Lunatic asylums Punjab 1895-1910 - 1895-1910
Year: 1895
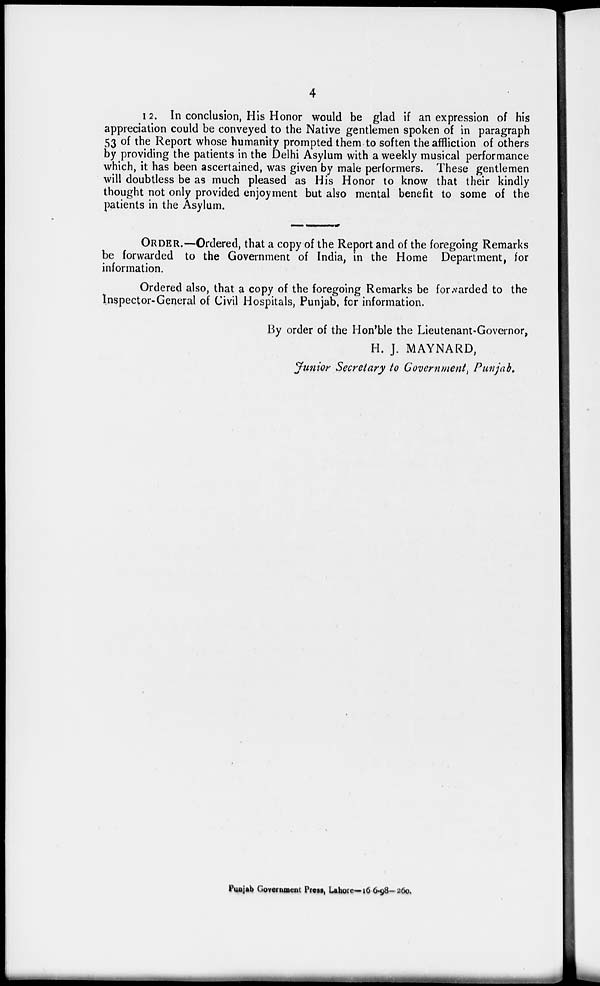
4
12. In conclusion, His Honor would be glad if an expression of his
appreciation could be conveyed to the Native gentlemen spoken of in paragraph
53 of the Report whose humanity prompted them to soften the affliction of others
by providing the patients in the Delhi Asylum with a weekly musical performance
which, it has been ascertained, was given by male performers. These gentlemen
will doubtless be as much pleased as His Honor to know that their kindly
thought not only provided enjoyment but also mental benefit to some of the
patients in the Asylum.
ORDER.—Ordered, that a copy of the Report and of the foregoing Remarks
be forwarded to the Government of India, in the Home Department, for
information.
Ordered also, that a copy of the foregoing Remarks be forwarded to the
Inspector-General of Civil Hospitals, Punjab, for information.
By order of the Hon'ble the Lieutenant-Governor,
H. J. MAYNARD,
Junior Secretary to Government, Punjab.
Punjab Government Press, Lahore—16 6-98-260.